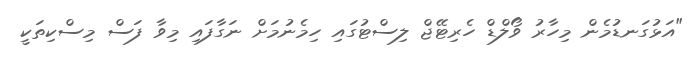
"އަޅުގަނޑުމެން މިހާރު ވޯލްޑް ހެރިޓޭޖް ލިސްޓުގައި ހިމެނުމަށް ނަގާފައި މިވާ ފަސް މިސްކިތަކީ